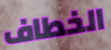
الخطاف